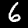
Label: 6